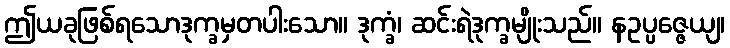
ဤယခုဖြစ်ရသောဒုက္ခမှတပါးသော။ ဒုက္ခံ၊ ဆင်းရဲဒုက္ခမျိုးသည်။ နဥပ္ပဇ္ဇေယျ၊